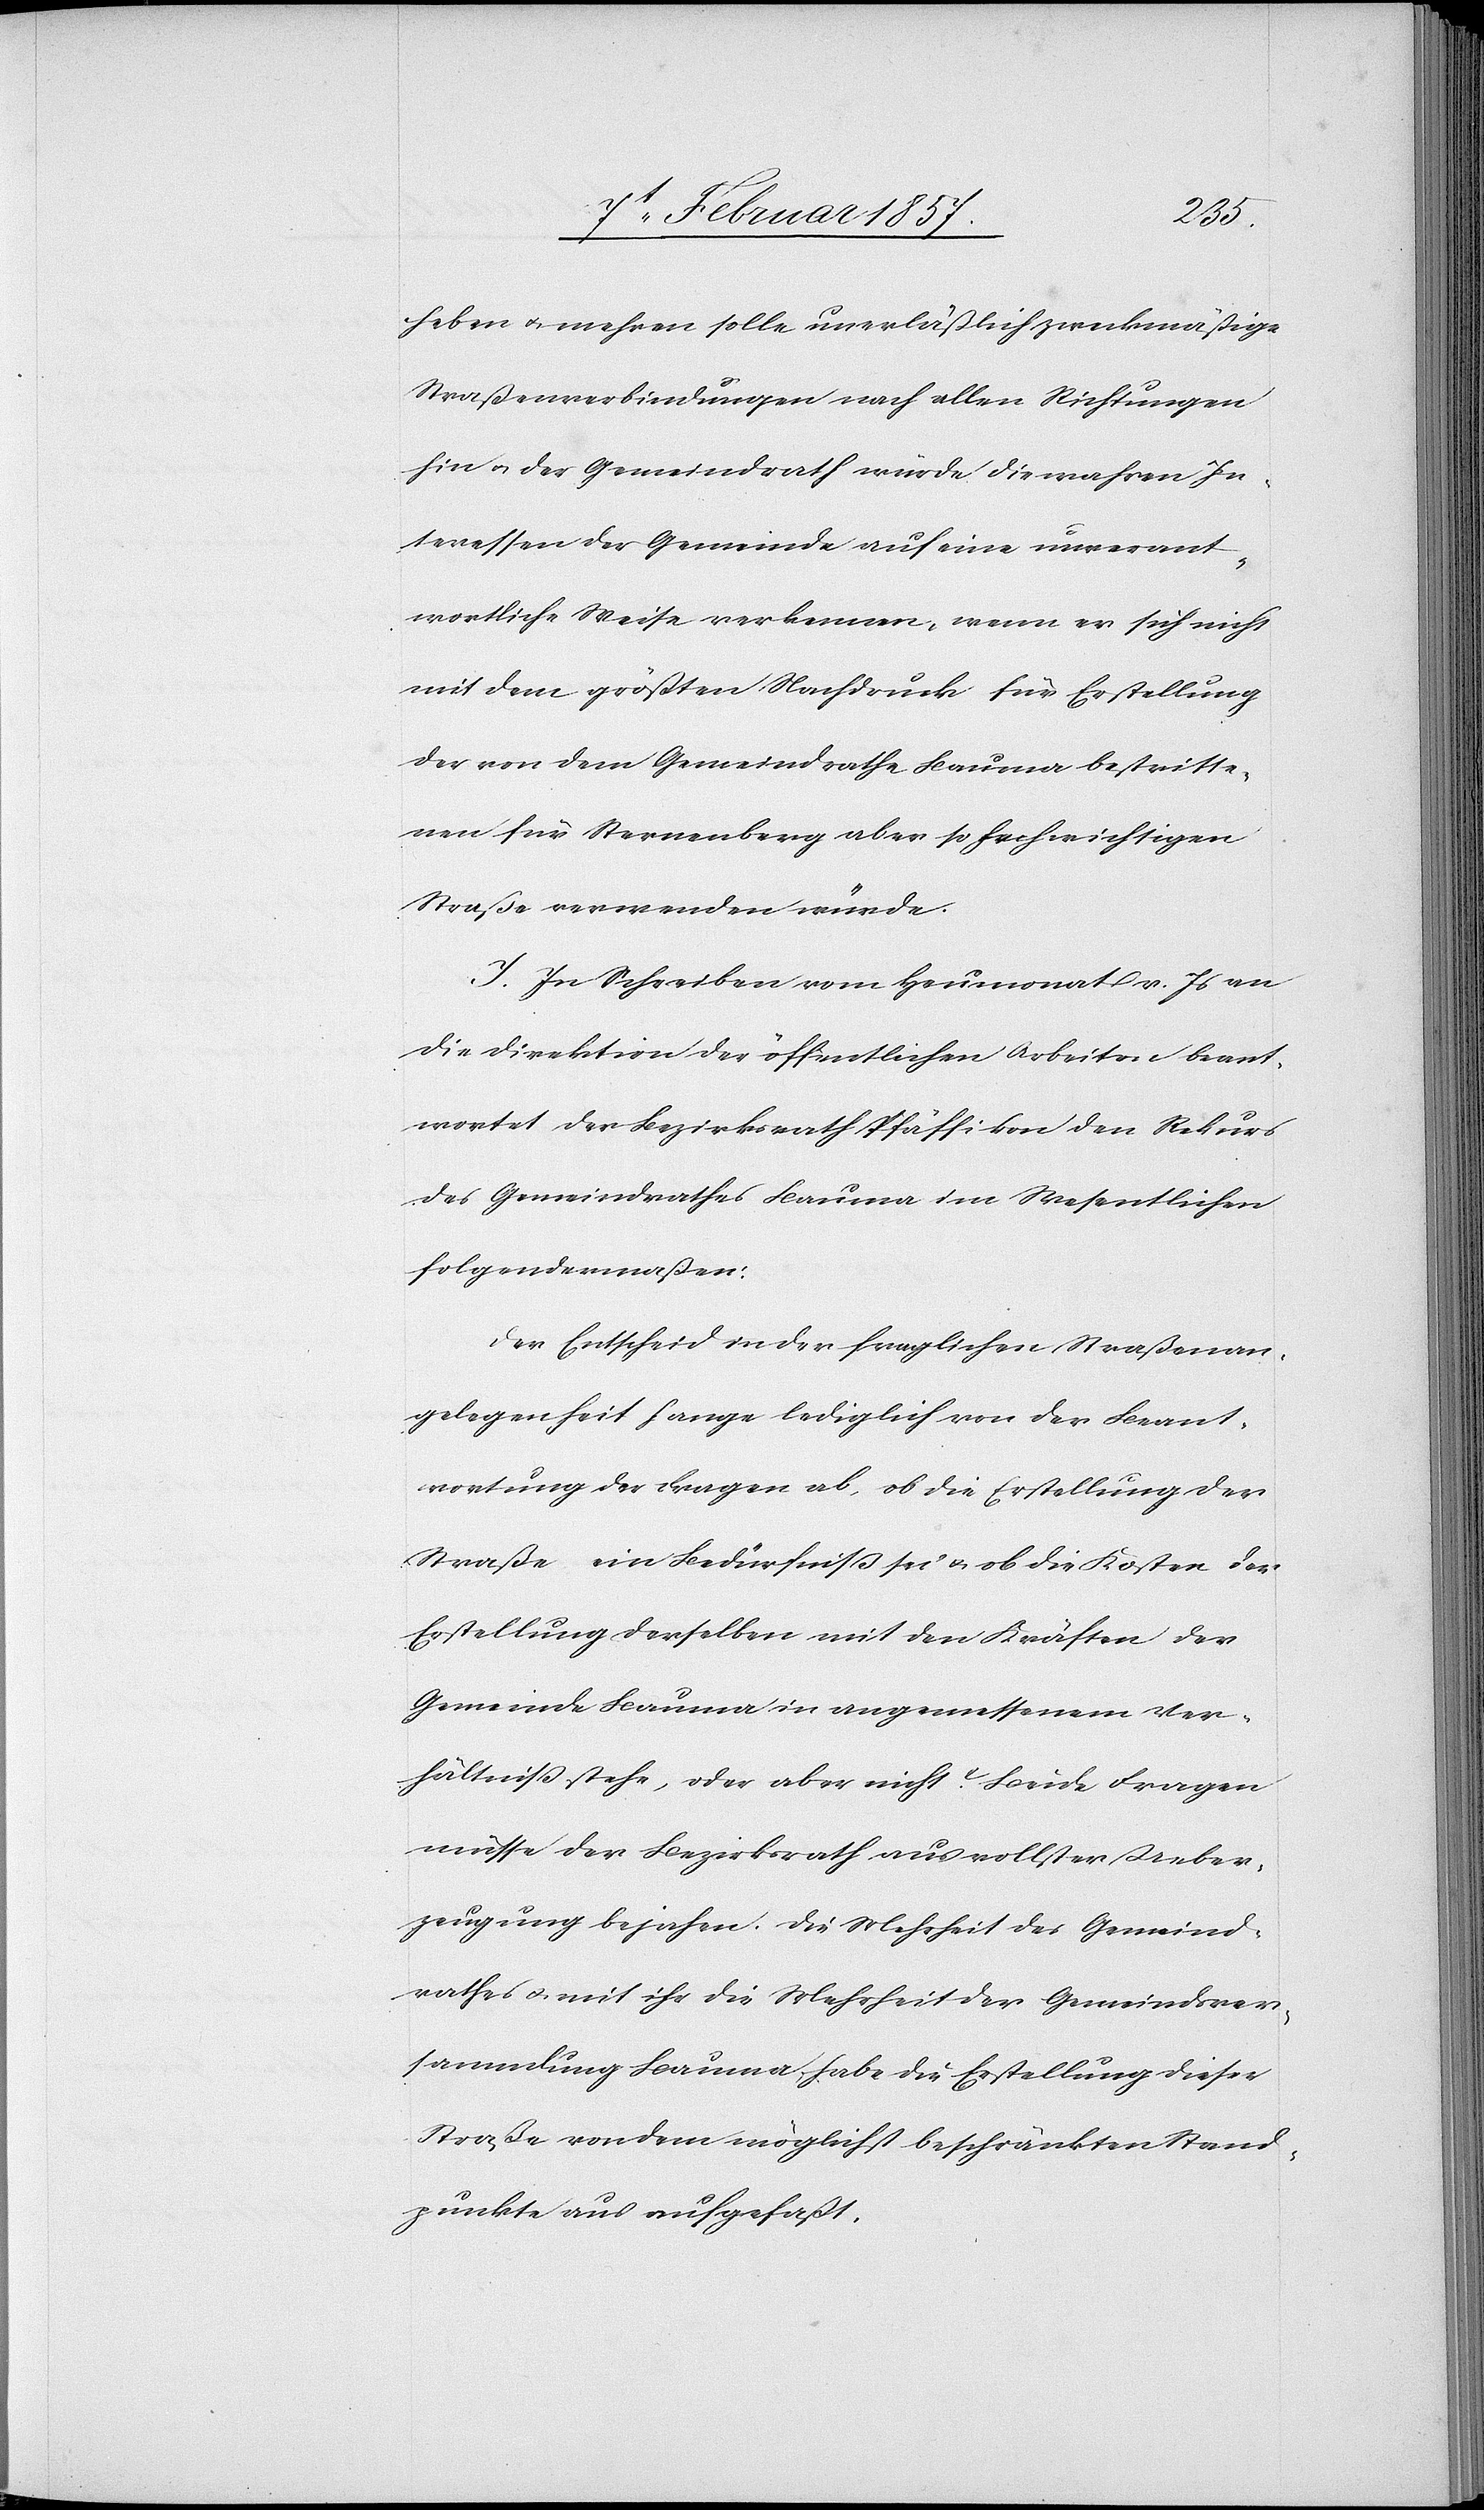
heben u. mehren solle unerläßlich zweckmäßige
Straßenverbindungen nach allen Richtungen
hin u. der Gemeindrath würde die wahren In¬
teressen der Gemeinde auf eine unverant¬
wortliche Weise verkennen, wenn er sich nicht
mit dem größten Nachdruck für Erstellung
der von dem Gemeindrathe Bauma bestritte¬
nen für Sternenberg aber so hochwichtigen
Straße verwenden würde.
J. In Schreiben vom Heumonat v. Js an
die Direktion der öffentlichen Arbeiten beant¬
wortet der Bezirksrath Pfäffikon den Rekurs
des Gemeindrathes Bauma im Wesentlichen
folgendermaßen:
Den Entscheid in der fraglichen Straßenan¬
gelegenheit hange lediglich von der Beant¬
wortung der Fragen ab, ob die Erstellung der
Straße ein Bedürfniß sei u. ob die Kosten der
Gemeinde Bauma in angemessenem Ver¬
hältniß stehe, oder aber nicht? Beide Fragen
müsse der Bezirksrath aus vollster Ueber¬
zeugung bejahen. Die Mehrheit des Gemeind¬
rathes u. mit ihr die Mehrheit der Gemeindsver¬
sammlung Bauma habe die Erstellung dieser
Straße von dem möglichst beschränkten Stand¬
punkte aus aufgefaßt.